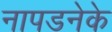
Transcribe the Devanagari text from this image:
नापडनेके